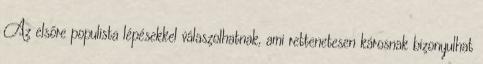
Az elsőre populista lépésekkel válaszolhatnak, ami rettenetesen károsnak bizonyulhat